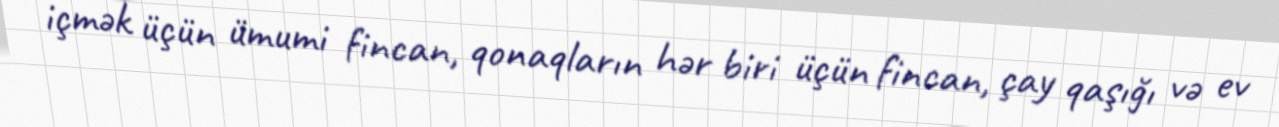
içmək üçün ümumi fincan, qonaqların hər biri üçün fincan, çay qaşığı və ev